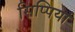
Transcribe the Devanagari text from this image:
सिप्पियां